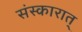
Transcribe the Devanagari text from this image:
संस्कारात्